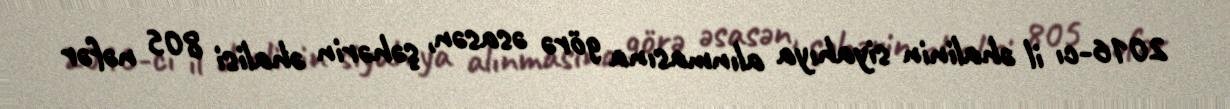
2016-cı il əhalinin siyahıya alınmasına görə əsasən, şəhərin əhalisi 805 nəfər